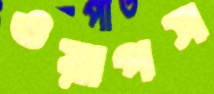
ওয়াপস